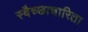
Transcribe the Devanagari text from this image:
स्वैच्छाचारिता